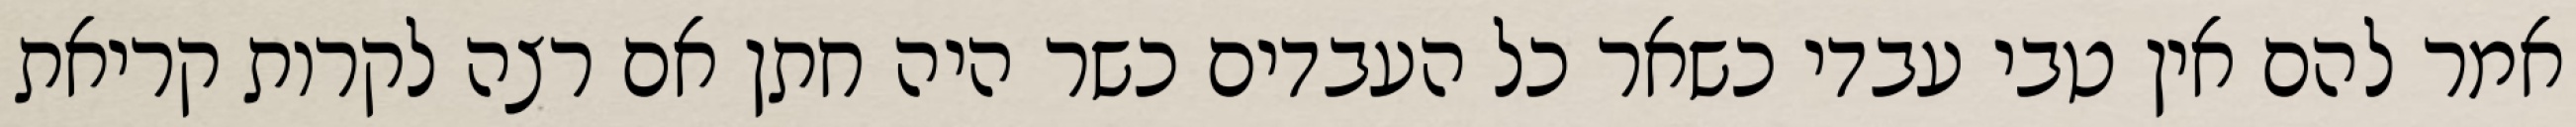
אמר להם אין טבי עבדי כשאר כל העבדים כשר היה חתן אם רצה לקרות קריאת